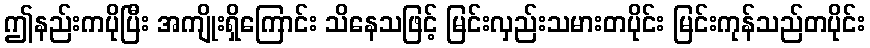
ဤနည်းကပိုပြီး အကျိုးရှိကြောင်း သိနေသဖြင့် မြင်းလှည်းသမားတပိုင်း မြင်းကုန်သည်တပိုင်း